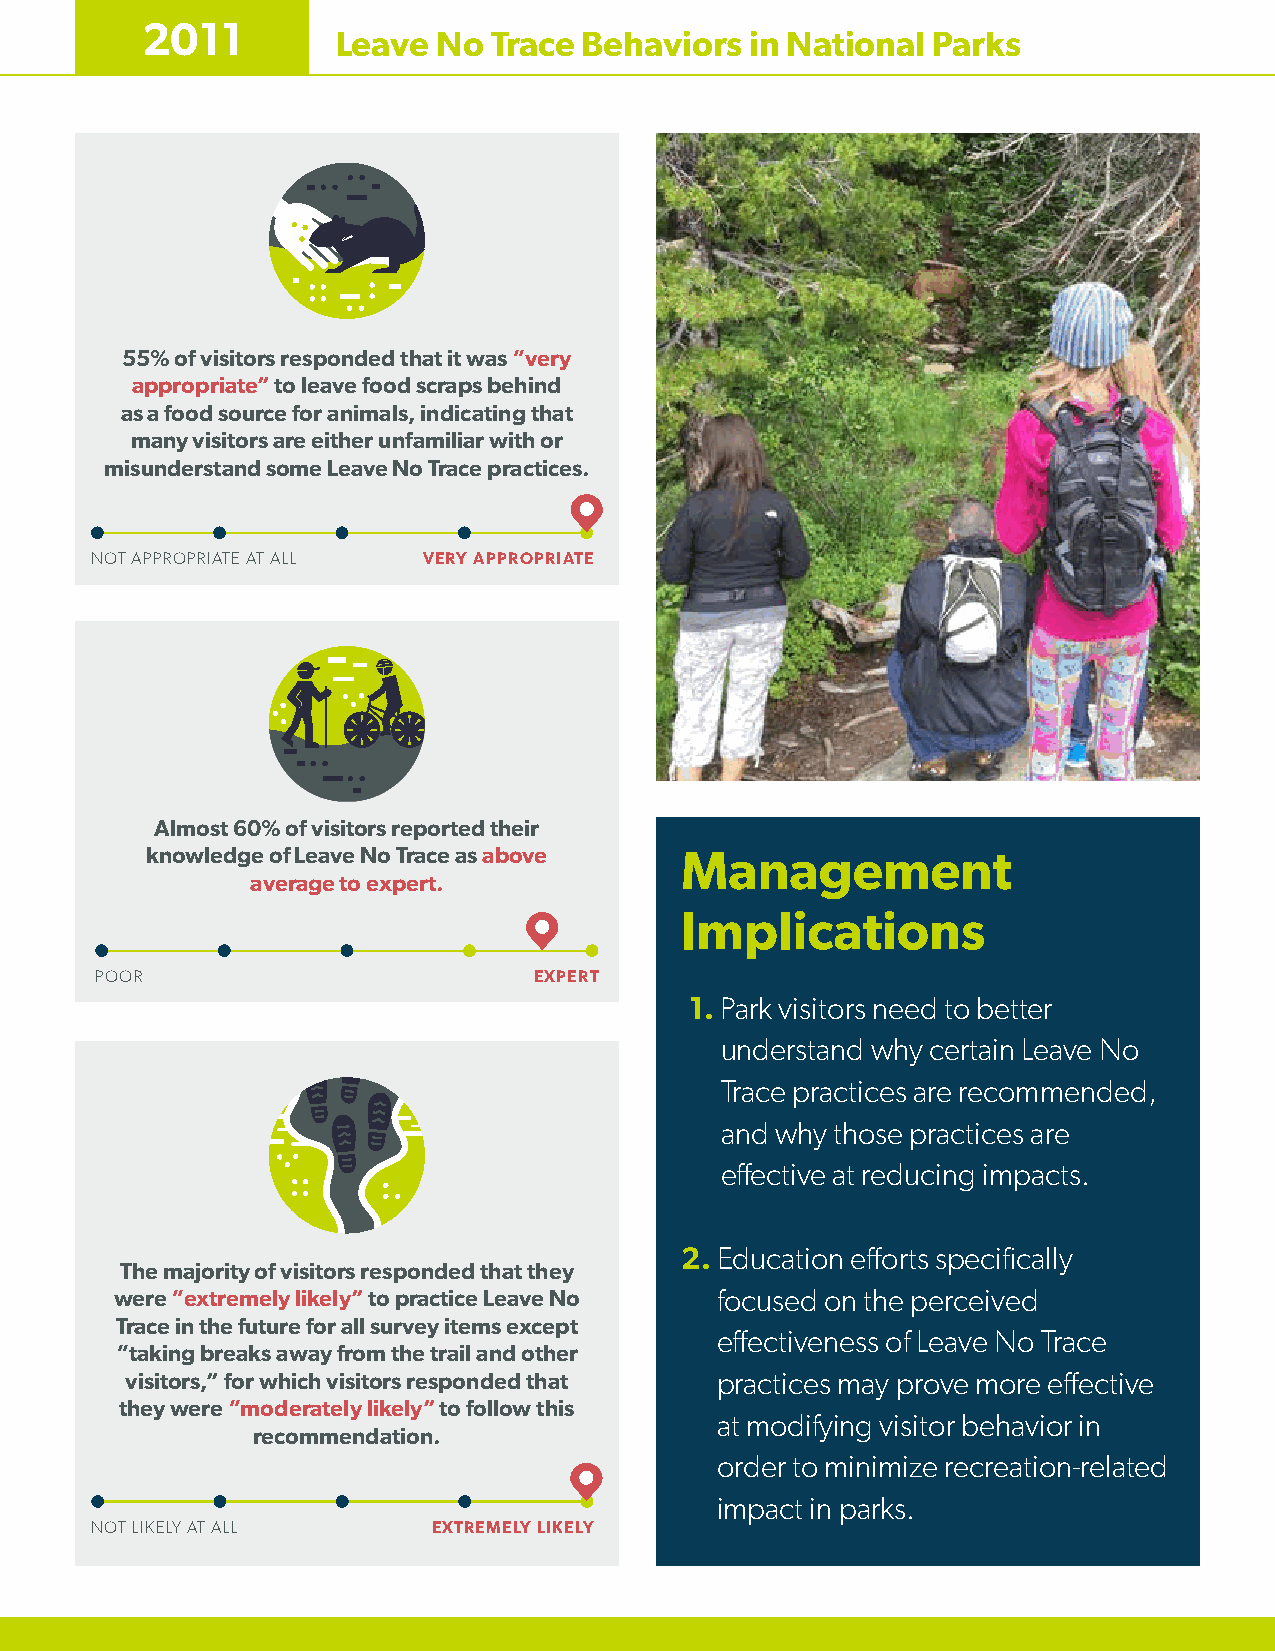
2011
 Leave  No  Trace Behaviors  in National Parks
 55% of visitors responded that it was “very
 appropriate” to leave food scraps behind
 as a food source for animals, indicating that
 many visitors are either unfamiliar with or
 misunderstand some Leave No Trace practices.
 NOT APPROPRIATE AT ALL VERY APPROPRIATE
 Almost 60% of visitors reported their
 knowledge of Leave No Trace as above Management
 average to expert.
 Implications
 POOR                         EXPERT
 1. Park visitors need to better
 understand why certain Leave No
 Trace practices are recommended,
 and why those practices are
 effective at reducing impacts.
 2. Education efforts specifically
 The majority of visitors responded that they
 were “extremely likely” to practice Leave No focused on the perceived
 Trace in the future for all survey items except
 effectiveness of Leave No Trace
 “taking breaks away from the trail and other
 visitors,” for which visitors responded that practices may prove more effective
 they were “moderately likely” to follow this
 at modifying visitor behavior in
 recommendation.
 order to minimize recreation-related
 impact in parks.
 NOT LIKELY AT ALL      EXTREMELY LIKELY